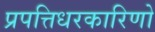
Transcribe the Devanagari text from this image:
प्रपत्तिधरकारिणो